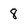
Character: 8